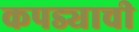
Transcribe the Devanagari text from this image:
कपड्याची